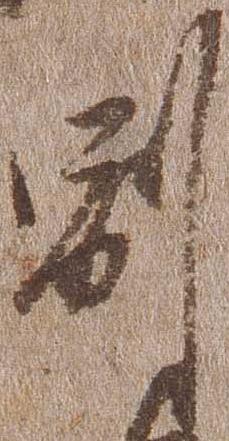
副